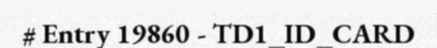
# Entry 19860 - TD1_ID_CARD